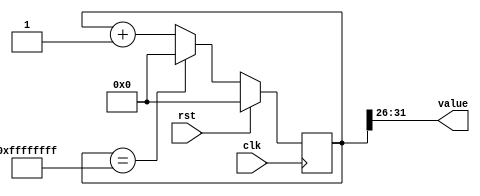
/*
   This file was generated automatically by Alchitry Labs version 1.2.1.
   Do not edit this file directly. Instead edit the original Lucid source.
   This is a temporary file and any changes made to it will be destroyed.
*/

/*
   Parameters:
     SIZE = 6
     DIV = 26
     TOP = 63
     UP = 1
*/
module counter_8 (
    input clk,
    input rst,
    output reg [5:0] value
  );
  
  localparam SIZE = 3'h6;
  localparam DIV = 5'h1a;
  localparam TOP = 6'h3f;
  localparam UP = 1'h1;
  
  
  reg [31:0] M_ctr_d, M_ctr_q = 1'h0;
  
  localparam MAX_VALUE = 32'hffffffff;
  
  always @* begin
    M_ctr_d = M_ctr_q;
    
    value = M_ctr_q[26+5-:6];
    if (1'h1) begin
      M_ctr_d = M_ctr_q + 1'h1;
      if (1'h1 && M_ctr_q == 32'hffffffff) begin
        M_ctr_d = 1'h0;
      end
    end else begin
      M_ctr_d = M_ctr_q - 1'h1;
      if (1'h1 && M_ctr_q == 1'h0) begin
        M_ctr_d = 32'hffffffff;
      end
    end
  end
  
  always @(posedge clk) begin
    if (rst == 1'b1) begin
      M_ctr_q <= 1'h0;
    end else begin
      M_ctr_q <= M_ctr_d;
    end
  end
  
endmodule